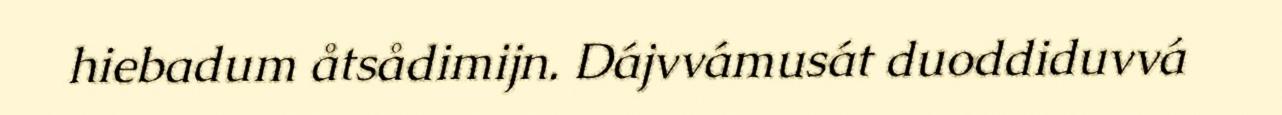
hiebadum åtsådimijn. Dájvvámusát duoddiduvvá